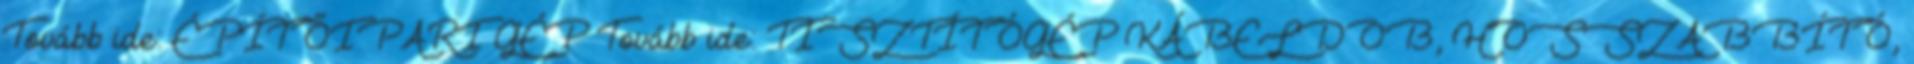
Tovább ide: ÉPÍTŐIPARI GÉP Tovább ide: TISZTÍTÓGÉP KÁBELDOB, HOSSZABBÍTÓ,